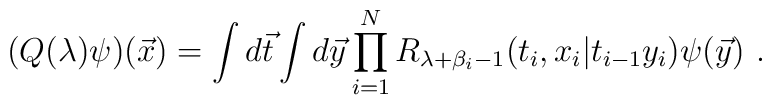
(Q(\lambda )\psi)({\vec x})       =\int d{\vec t}\int d{\vec y}       \prod _{i=1}^N R_{\lambda +\beta_i-1}(t_i,x_i|t_{i-1}y_i)\psi({\vec y}) ~.